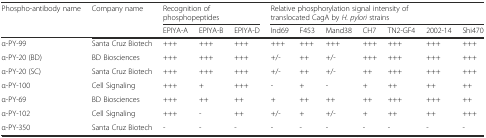
| Phospho-antibody name | Company name | <COLSPAN=3> Recognition of phosphopeptides | <COLSPAN=7> Relative phosphorylation signal intensity of translocated CagA by H. pylori strains |
 |  |  | EPIYA-A | EPIYA-B | EPIYA-D | Ind69 | F453 | Mand38 | CH7 | TN2-GF4 | 2002-14 | Shi470 |
 | --- | --- | --- | --- | --- | --- | --- | --- | --- | --- | --- | --- |
 | α-PY-99 | Santa Cruz Biotech | +++ | +++ | +++ | +++ | +++ | +++ | +++ | +++ | +++ | +++ |
 | α-PY-20 (BD) | BD Biosciences | +++ | +++ | +++ | +/- | ++ | +/- | +++ | +++ | +++ | +++ |
 | α-PY-20 (SC) | Santa Cruz Biotech | +++ | +++ | +++ | +/- | ++ | +/- | ++ | +++ | +++ | +++ |
 | α-PY-100 | Cell Signaling | +++ | + | +++ | - | + | - | + | ++ | ++ | ++ |
 | α-PY-69 | BD Biosciences | +++ | ++ | ++ | + | ++ | ++ | ++ | +++ | +++ | ++ |
 | α-PY-102 | Cell Signaling | +++ | - | ++ | +/- | + | +/- | + | ++ | ++ | +++ |
 | α-PY-350 | Santa Cruz Biotech | - | - | - | - | - | - | - | - | - | - |